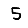
Digit: 5